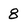
Character: 8